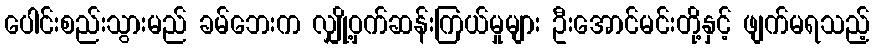
ပေါင်းစည်းသွားမည် ခမ်ဘေးက လျှို့ဝှက်ဆန်းကြယ်မှုများ ဦးအောင်မင်းတို့နှင့် ဖျက်မရသည့်